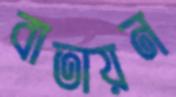
বাতায়ন